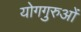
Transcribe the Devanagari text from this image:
योगगुरुओं